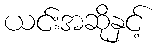
ယင်းအဆိုနှင့်